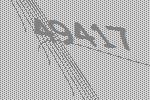
49417